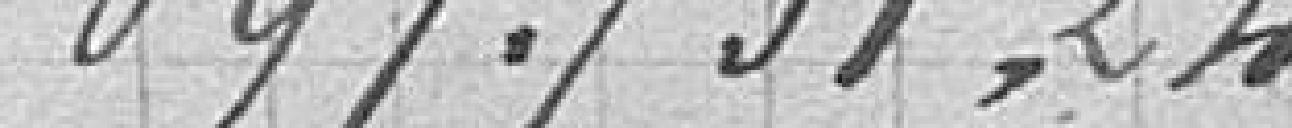
697 751,24